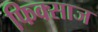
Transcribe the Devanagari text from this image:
फिक्साज